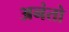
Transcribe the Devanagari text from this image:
अनंतो